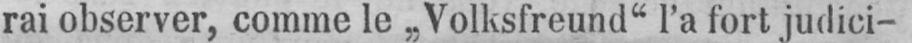
rai observer, comme le „Volksfreund“ l’a fort judici-